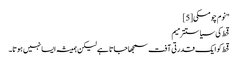
"نوم چومسکی[5]
قحط کی سیاستترمیم
قحط کو ایک قدرتی آفت سمجھا جاتا ہے لیکن ہمیشہ ایسا نہیں ہوتا۔